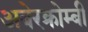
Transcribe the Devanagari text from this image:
अबेरक्रोम्बी